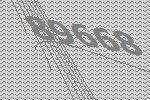
89668